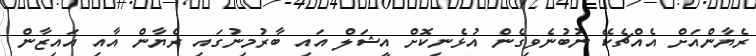
ރެޔާންއަށް އެއްޗެކޭ ނުބުނެވިގެން އުޅެނިކޮށް އީޝަލް އައި ބާރުމިނުގައި ރެޔާން އާއި އައިޒާން